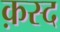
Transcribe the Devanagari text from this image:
क़स्द